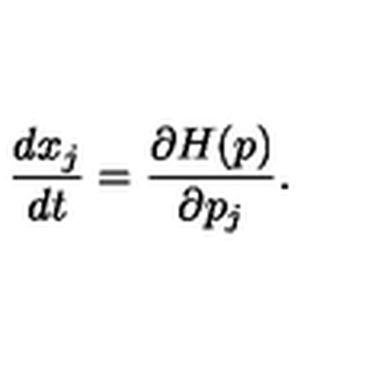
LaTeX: \frac { d x _ { j } } { d t } = \frac { \partial H ( p ) } { \partial p _ { j } } .